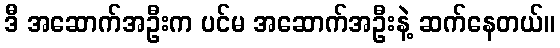
ဒီ အဆောက်အဦးက ပင်မ အဆောက်အဦးနဲ့ ဆက်နေတယ်။